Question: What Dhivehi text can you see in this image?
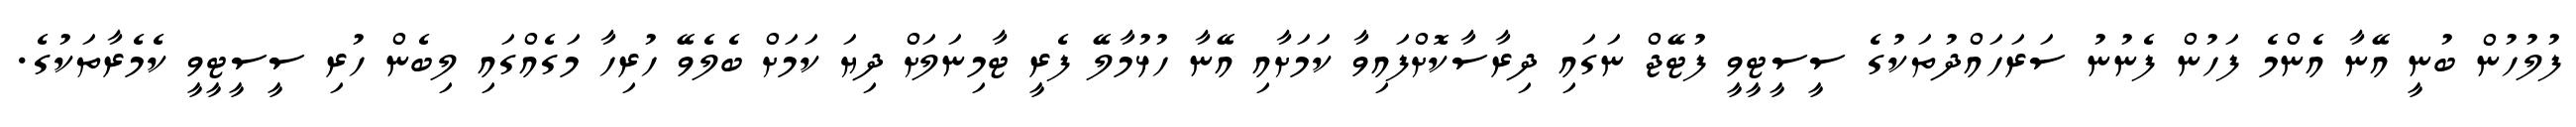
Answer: ފުލުހުން ބުނީ އޭނާ އެންމެ ފަހުން ފެނުނު ސަރަހައްދުތަކުގެ ސީސީޓީވީ ފުޓޭޖް ނަގައި ދިރާސާކޮށްފައިވާ ކަމަށާއި އޭނާ ހުޅުމާލޭ ފެރީ ޓާމިނަލަށް ދިޔަ ކަމަށް ބެލެވޭ ހުރިހާ މަގެއްގައި ލިބެން ހުރި ސީސީޓީވީ ކެމެރާތަކުގެ.